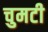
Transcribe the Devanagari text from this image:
चुमटी